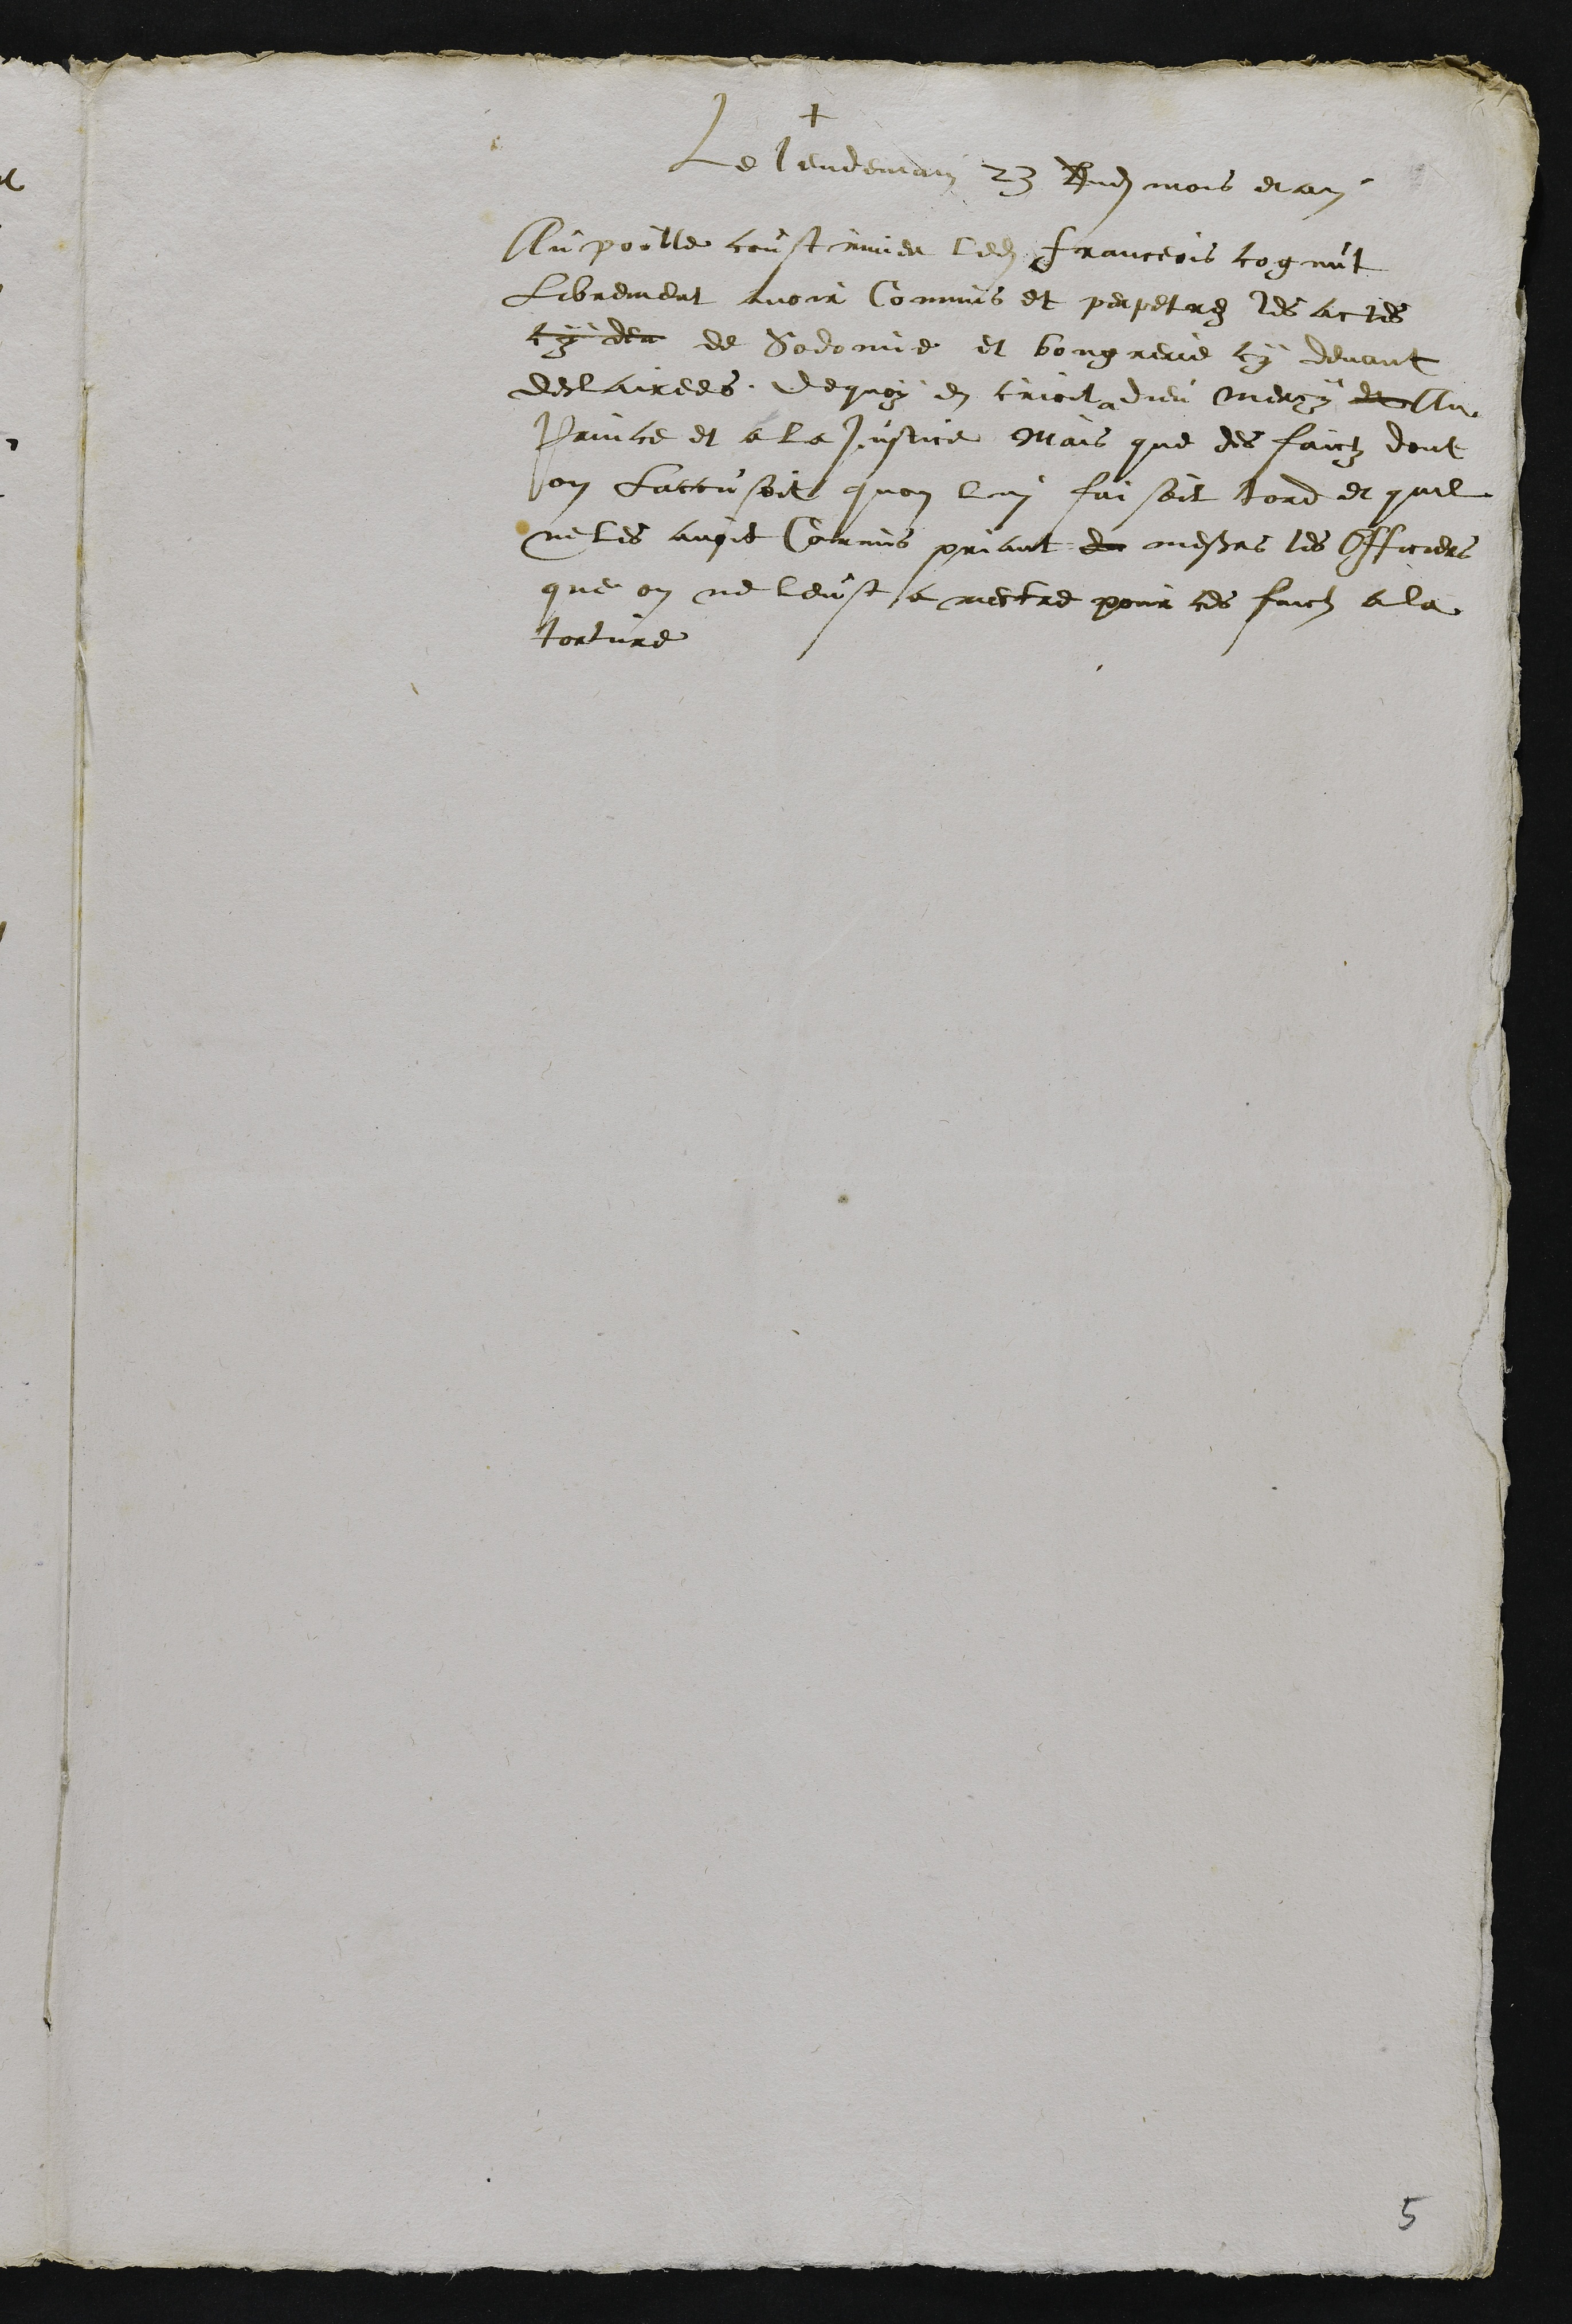
+
Le lendemain 23 dudit mois et an
Au poille coustumier ledit Franceois cognut
Librement avoir Commis et perpetrez les actes
cy dev de sodomie et bougrerie cy devant
declairees de quoy en crioit a dieu mercy de Au
Prince et a la justice Mais que des faictz dont
on laccusoit quon lui faisoit tord et quil
ne les avoit Commis priant de messieurs les Officiers
que on ne leust a mectre pour ces faicts a la
torture